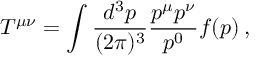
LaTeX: T ^ { \mu \nu } = \int \frac { d ^ { 3 } p } { ( 2 \pi ) ^ { 3 } } \frac { p ^ { \mu } p ^ { \nu } } { p ^ { 0 } } f ( p ) \, ,